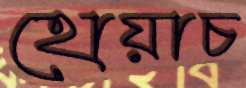
হোয়াচ